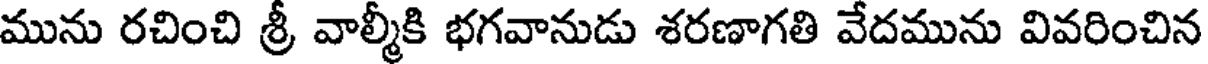
మును రచించి శ్రీ వాల్మీకి భగవానుడు శరణాగతి వేదమును వివరించిన